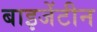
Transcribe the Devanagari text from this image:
बाइजेंटीन